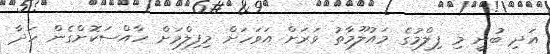
އަދި ބުނީ މި ފިލްމުގެ މައުލޫމާތު ވަރަށް އަވަހަށް މިފިލްމަށް ހާއްސަކޮށްގެން ހަދާ